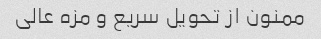
ممنون از تحویل سریع و مزه عالی